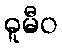
ဓူမီဝ